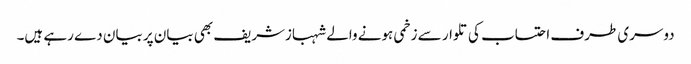
دوسری طرف احتساب کی تلوار سے زخمی ہونے والے شہبازشریف بھی بیان پر بیان دے رہے ہیں۔